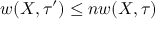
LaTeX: w ( X , \tau ^ { \prime } ) \leq n w ( X , \tau )